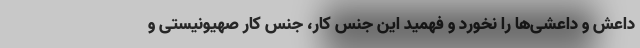
داعش و داعشی‌ها را نخورد و فهمید این جنس کار، جنس کارِ صهیونیستی و